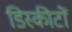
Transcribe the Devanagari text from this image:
डिस्कीटों